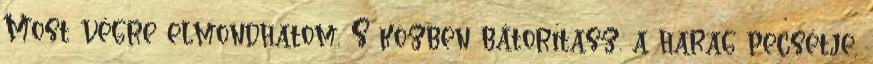
Most végre elmondhatom, S közben bátorítasz. a harag pecsétje,